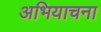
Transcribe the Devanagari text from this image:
अभियाचना